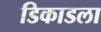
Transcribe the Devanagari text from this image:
डिकाडला